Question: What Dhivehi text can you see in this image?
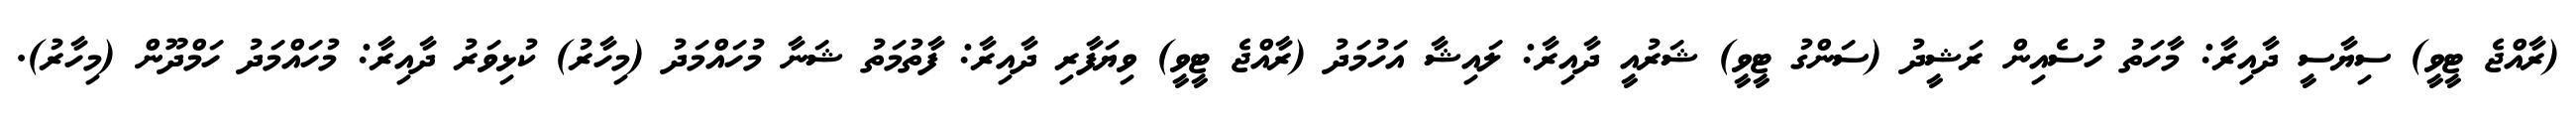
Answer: (ރާއްޖެ ޓީވީ) ސިޔާސީ ދާއިރާ: މާހަތު ހުސެއިން ރަޝީދު (ސަންގު ޓީވީ) ޝަރުއީ ދާއިރާ: ލައިޝާ އަހުމަދު (ރާއްޖެ ޓީވީ) ވިޔަފާރި ދާއިރާ: ފާތުމަތު ޝަނާ މުހައްމަދު (މިހާރު) ކުޅިވަރު ދާއިރާ: މުހައްމަދު ހަމްދޫން (މިހާރު).